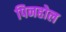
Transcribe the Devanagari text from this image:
पिनहोल